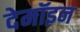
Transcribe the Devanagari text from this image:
देमॉइन